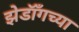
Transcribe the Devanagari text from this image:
झेडॉँगच्या